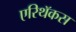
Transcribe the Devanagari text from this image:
एरिथॅकस